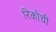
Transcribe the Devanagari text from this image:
रिकोची